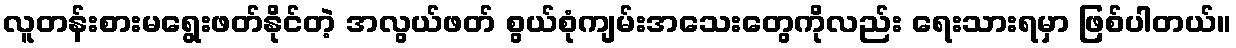
လူတန်းစားမရွေးဖတ်နိုင်တဲ့ အလွယ်ဖတ် စွယ်စုံကျမ်းအသေးတွေကိုလည်း ရေးသားရမှာ ဖြစ်ပါတယ်။